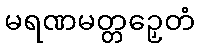
မရဏမတ္တဉှေတံ